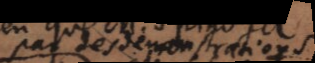
par des démonstrations